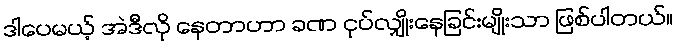
ဒါပေမယ့် အဲဒီလို နေတာဟာ ခဏ ငုပ်လျှိုးနေခြင်းမျိုးသာ ဖြစ်ပါတယ်။